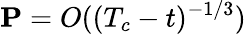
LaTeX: \mathbf{P}=O((T_{c}-t)^{-1/3})